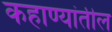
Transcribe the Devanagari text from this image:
कहाण्यांतील